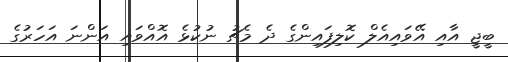
ބީޖީ އާއި އޭވައިއެލް ކޮލިފައިންގެ ދެ މެޗު ނުކުޅެ އޮއްވައި އަންނަ އަހަރުގެ